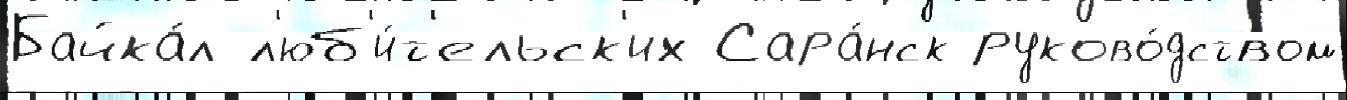
Байка́л л'юб'и́т'ельск'их Сара́нск руково́дством